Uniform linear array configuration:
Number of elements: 48
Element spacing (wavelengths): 1
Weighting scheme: hamming
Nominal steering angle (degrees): -30
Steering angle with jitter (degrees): -28.147
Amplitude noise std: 0.05
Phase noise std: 0.05

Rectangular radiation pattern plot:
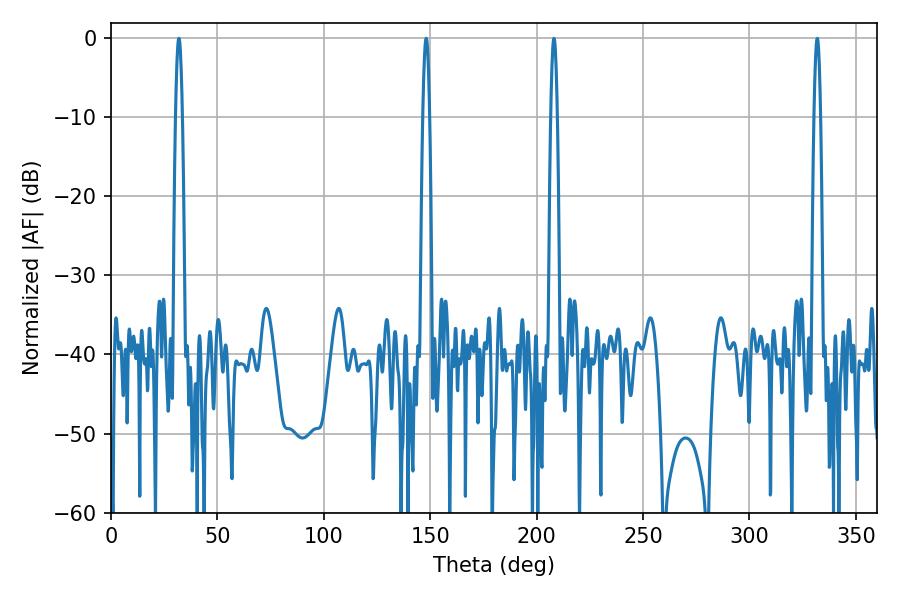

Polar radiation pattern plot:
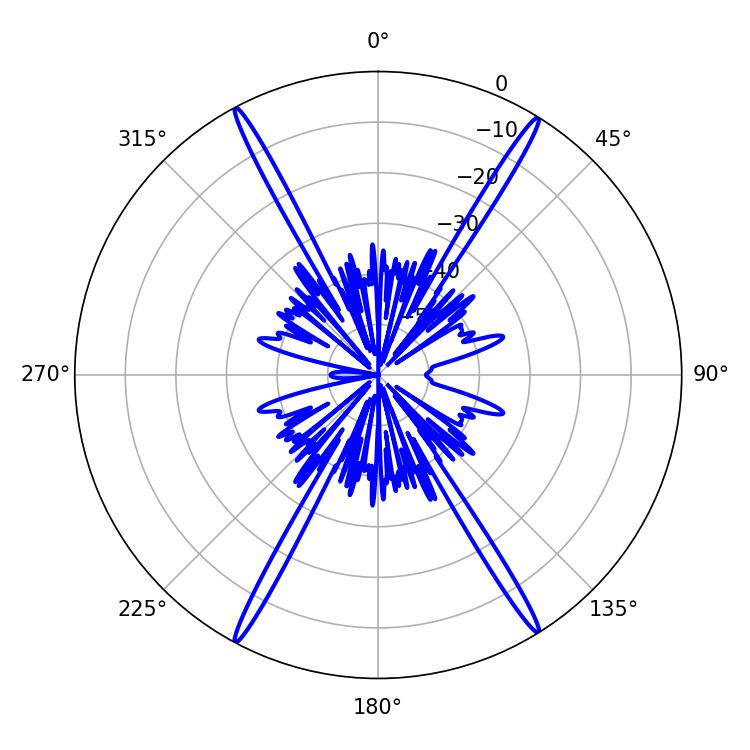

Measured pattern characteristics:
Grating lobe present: TRUE
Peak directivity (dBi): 25.97
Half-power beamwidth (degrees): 1.62
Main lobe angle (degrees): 31.86